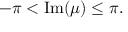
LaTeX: - \pi < \operatorname { I m } ( \mu ) \leq \pi .